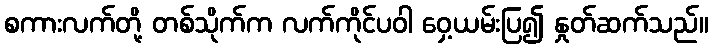
စကားလက်တို့ တစ်သိုက်က လက်ကိုင်ပဝါ ဝှေ့ယမ်းပြ၍ နှုတ်ဆက်သည်။